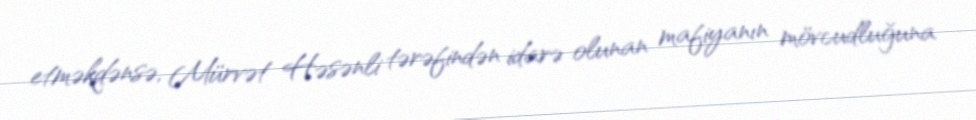
etməkdənsə, Mürvət Həsənli tərəfindən idarə olunan mafiyanın mövcudluğuna